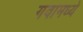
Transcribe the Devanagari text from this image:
गवामध्ये